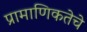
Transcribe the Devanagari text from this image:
प्रामाणिकतेचे